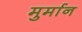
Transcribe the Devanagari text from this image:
मुर्मान